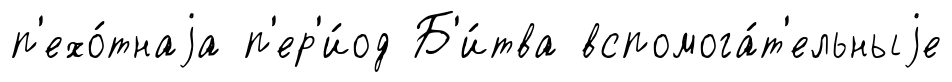
п'ехо́тнаjа п'ер'и́од Б'и́тва вспомога́т'ельныjе